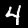
Digit: 4